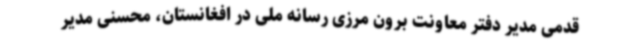
قدمی مدیر دفتر معاونت برون مرزی رسانه ملی در افغانستان، محسنی مدیر